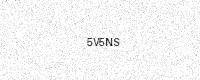
Text: 5V5NS